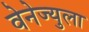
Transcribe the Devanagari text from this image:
वेनेज्युला